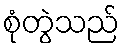
စုံတွဲသည်